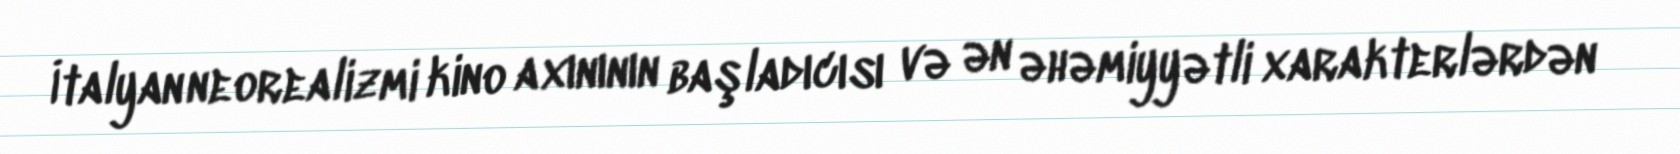
İtalyan neorealizmi kino axınının başladıcısı və ən əhəmiyyətli xarakterlərdən